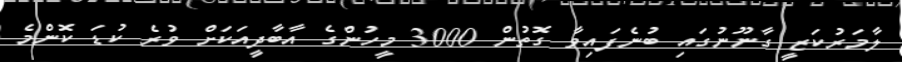
ލާމަރުކަޒީ ގާނޫނުގައި ބުނެފައިވާ ގޮތުން 3000 މީހުންގެ އާބާދީއަކަށް ވުރެ ކުޑަ ކޮންމެ